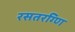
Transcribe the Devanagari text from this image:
रसतरग्णि